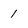
Character: 1